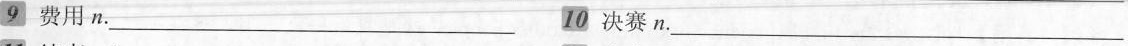
9费用n.___10决赛n.___